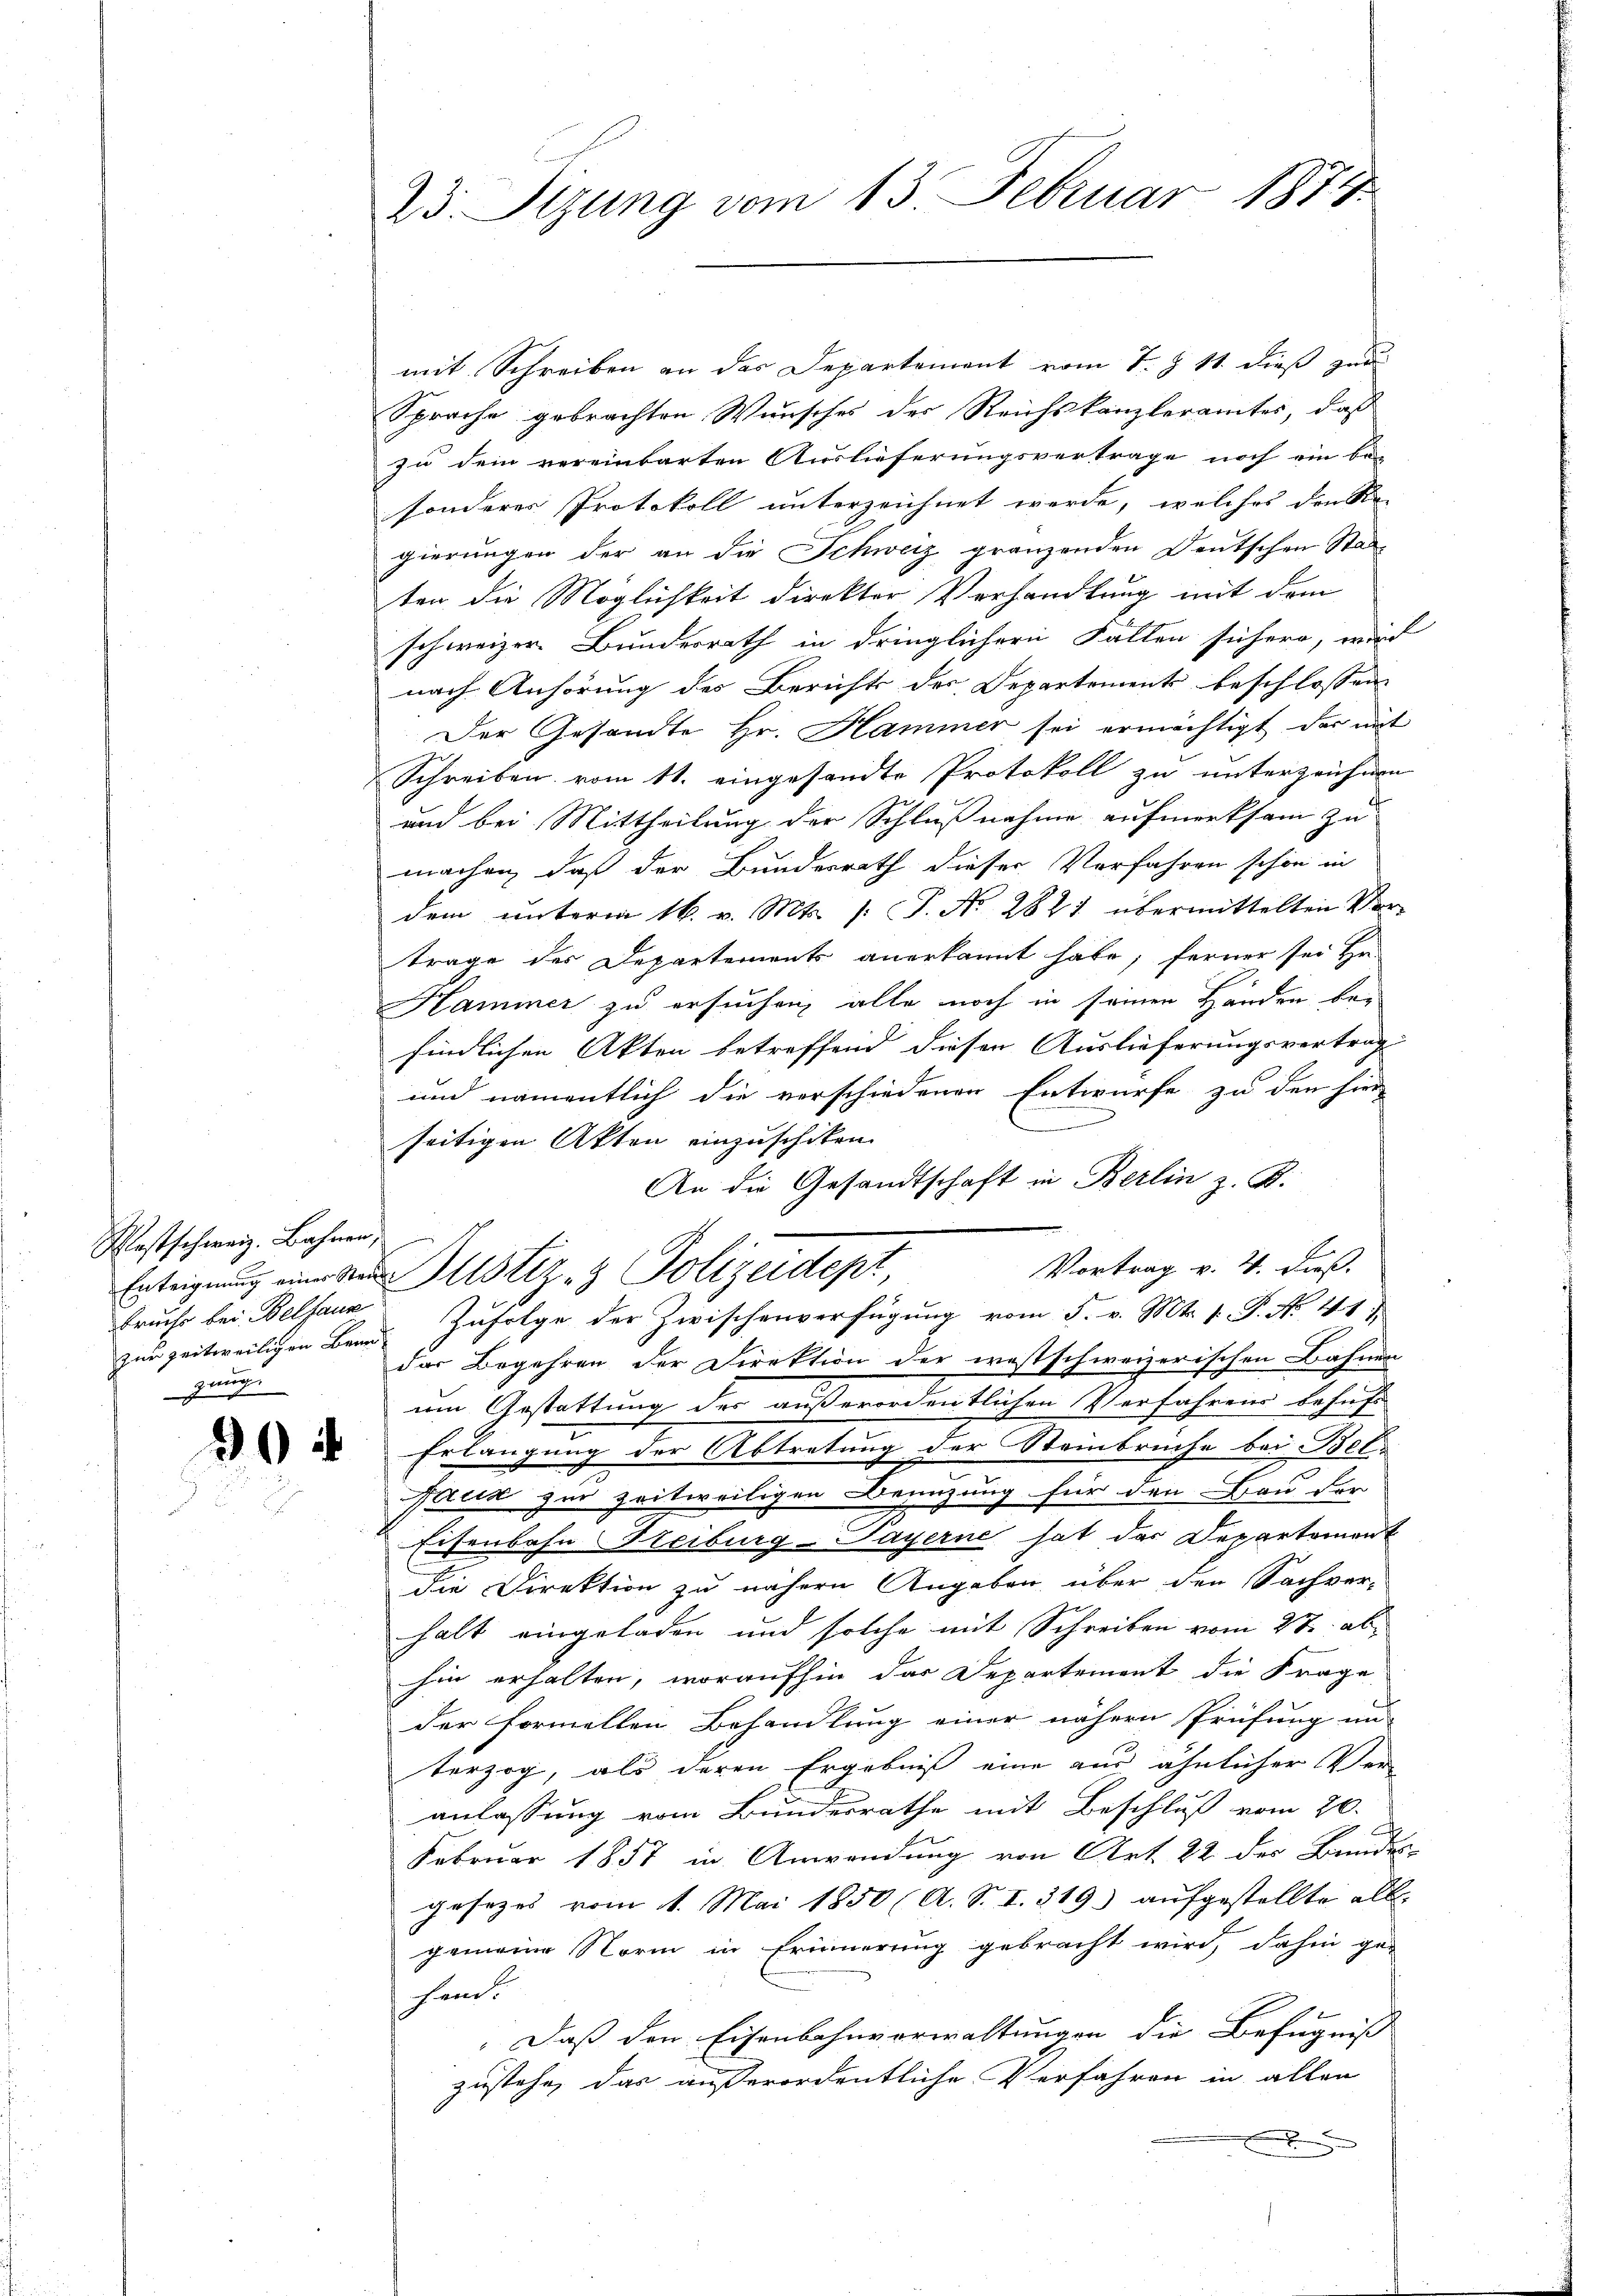
Westschweiz. Bahnen,
bruche bei Belfaun
gung

904

23. Setzung vom 13. Februar 1874

mit Schreiben an das Departement vom 7. Z. 11. dieß zur
Sprache gebrachten Wunsches des Reichskanzleramtes, daß
zu dem vereinbarten Auslieferungsvertrage noch ein bei
sonderes Protokoll unterzeichnet werde, welches den Sie-
gierungen der an die Schweiz gränzenden Deutschen Stadten die Möglichkeit direkter Verhandlung mit dem
schweizer. Bundesrath in dringlichern Fallen sichern, wird
nach Anhörung des Berichts des Departement beschlossen
Der Gesandte Hr. Hammer sei ermächtigt, der mit
Schreiben vom 11. eingesandte Protokoll zu unterzeichnen
und bei Mittheilung der Schlußnahme aufmerksam zu
machen, daß der Bundesrath dieser Verfahren schon in
dem ŭnterm 16. v. Mts. /: P. Nr. 2821 übermittelten Ver-
trage der Departements anerkannt habe; ferner sei Hr.
E
Hammer zu ersuchen, alle noch in seinen Handen befindlichen Akten betreffend diesen Auslieferungsvertrag
und namentlich die verschiedenen Entwurfe zu den hier
n
seitigen Akten einzuschiken.
An die Gesandtschaft in Berlin z. B.
Vortrag v. 4. dieß.
Erteignung einer den Mustiz- & Polizeidept,
zur zeitweiligen Band. Zufolge der Zwischenverfügung vom 5. v. Mts. 1. P. No. 41)
das Begehren der Direktion der westschweizerischen Bahnen
um Gestattung des außerordentlichen Verfahren behuf
Erlangung der Abtretung der Steinbrüche bei Belfaus zur Zeitweiligen Benutzung für den Bau der
Eisenbahn Heiburg-Payerne hat das Departement
die Direktion zu nähern Angaben über den Sachver-
halt eingeladen und solche mit Schreiben vom 2te abhin erhalten, woraufhin das Departement die Frage
der formellen Behandlung einer nähern Prüfung un
terzog, als deren Ergebniß eine aus ähnlicher Ver
anlassung vom Bundesrathe mit Beschluß vom 20.
Februar 1857 in Anwendung von Art. 22 der Bundes-
gesezes vom 1. Mai 1850 (A. S. I. 319) aufgestellte all-
gemeine Norm in Erinnerung gebracht wird, dahin ge-
chen.
Daß den Eisenbahnvorwaltungen die Befugniß
zustehe, das außerordentliche Verfahren in allen
.